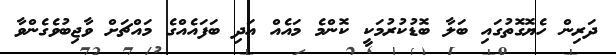
ދަރިން ހެޔޮގޮތުގައި ބަލާ ބޮޑުކުރުމަކީ ކޮންމެ މައެއް އަދި ބަފައެއްގެ މައްޗަށް ވާޖިބުވެގެންވާ